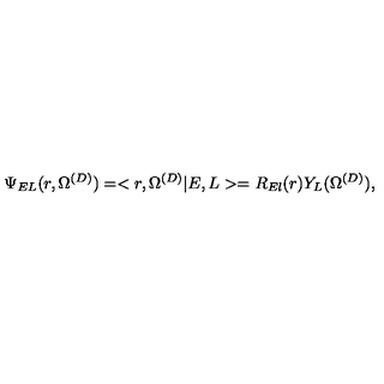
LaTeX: \Psi _ { E L } ( r , \Omega ^ { ( D ) } ) = < r , \Omega ^ { ( D ) } | E , L > = R _ { E l } ( r ) Y _ { L } ( \Omega ^ { ( D ) } ) ,